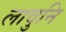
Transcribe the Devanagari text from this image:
लावुनि